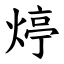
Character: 㷚